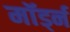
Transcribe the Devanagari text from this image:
मॉर्ड्न